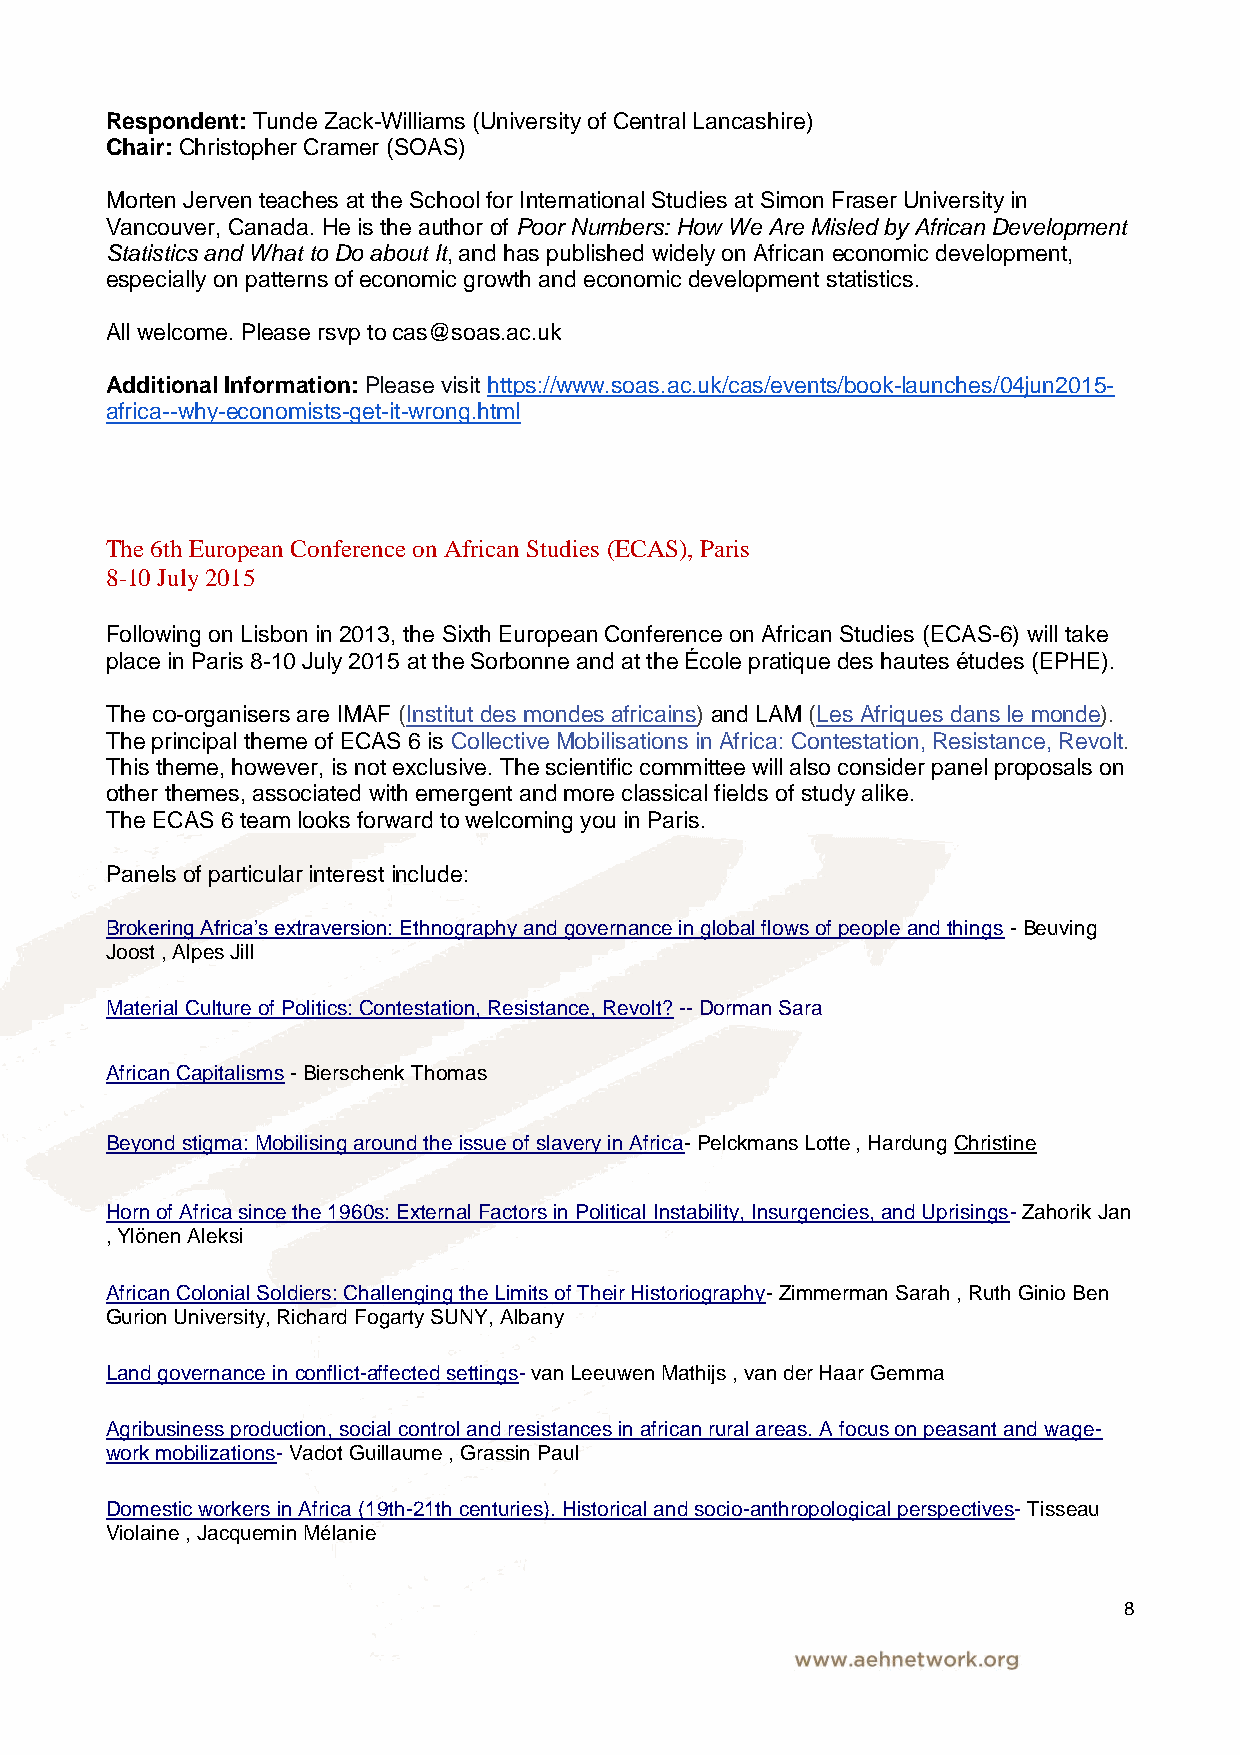
Respondent: Tunde Zack-Williams (University of Central Lancashire)
 Chair: Christopher Cramer (SOAS)
 Morten Jerven teaches at the School for International Studies at Simon Fraser University in
 Vancouver, Canada. He is the author of Poor Numbers: How We Are Misled by African Development
 Statistics and What to Do about It, and has published widely on African economic development,
 especially on patterns of economic growth and economic development statistics.
 All welcome. Please rsvp to cas@soas.ac.uk
 Additional Information: Please visit https://www.soas.ac.uk/cas/events/book-launches/04jun2015-
 africa--why-economists-get-it-wrong.html
 The 6th European Conference on African Studies (ECAS), Paris
 8-10 July 2015
 Following on Lisbon in 2013, the Sixth European Conference on African Studies (ECAS-6) will take
 place in Paris 8-10 July 2015 at the Sorbonne and at the École pratique des hautes études (EPHE).
 The co-organisers are IMAF (Institut des mondes africains) and LAM (Les Afriques dans le monde).
 The principal theme of ECAS 6 is Collective Mobilisations in Africa: Contestation, Resistance, Revolt.
 This theme, however, is not exclusive. The scientific committee will also consider panel proposals on
 other themes, associated with emergent and more classical fields of study alike.
 The ECAS 6 team looks forward to welcoming you in Paris.
 Panels of particular interest include:
 Brokering Africa’s extraversion: Ethnography and governance in global flows of people and things - Beuving
 Joost , Alpes Jill
 Material Culture of Politics: Contestation, Resistance, Revolt? -- Dorman Sara
 African Capitalisms - Bierschenk Thomas
 Beyond stigma: Mobilising around the issue of slavery in Africa- Pelckmans Lotte , Hardung Christine
 Horn of Africa since the 1960s: External Factors in Political Instability, Insurgencies, and Uprisings- Zahorik Jan
 , Ylönen Aleksi
 African Colonial Soldiers: Challenging the Limits of Their Historiography- Zimmerman Sarah , Ruth Ginio Ben
 Gurion University, Richard Fogarty SUNY, Albany
 Land governance in conflict-affected settings- van Leeuwen Mathijs , van der Haar Gemma
 Agribusiness production, social control and resistances in african rural areas. A focus on peasant and wage-
 work mobilizations- Vadot Guillaume , Grassin Paul
 Domestic workers in Africa (19th-21th centuries). Historical and socio-anthropological perspectives- Tisseau
 Violaine , Jacquemin Mélanie
 8